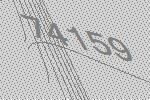
74159